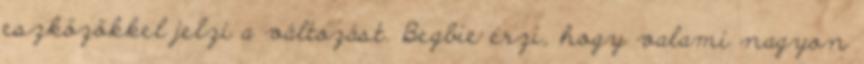
eszközökkel jelzi a változást. Begbie érzi, hogy valami nagyon